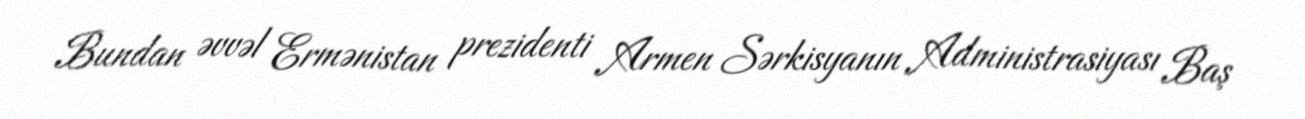
Bundan əvvəl Ermənistan prezidenti Armen Sərkisyanın Administrasiyası Baş